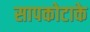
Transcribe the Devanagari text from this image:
सापकोटाके